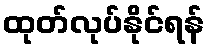
ထုတ်လုပ်နိုင်ရန်